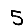
Digit: 5